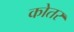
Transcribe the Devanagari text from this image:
कोतर